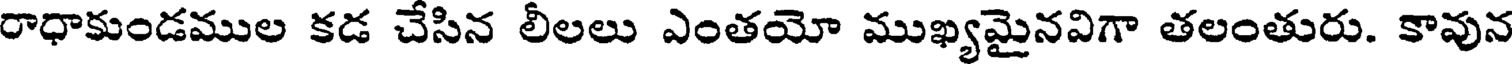
రాధాకుండముల కడ చేసిన లీలలు ఎంతయో ముఖ్యమైనవిగా తలంతురు. కావున